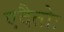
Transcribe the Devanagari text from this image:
एदैतोः